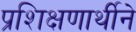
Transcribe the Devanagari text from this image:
प्रशिक्षणार्थीने